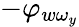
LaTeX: -\varphi_{w\omega_{y}}